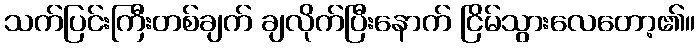
သက်ပြင်းကြီးတစ်ချက် ချလိုက်ပြီးနောက် ငြိမ်သွားလေတော့၏။